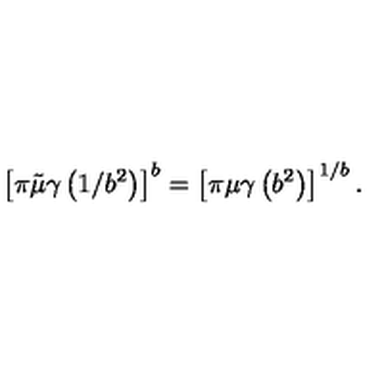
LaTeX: \left\lbrack \pi \tilde { \mu } \gamma \left( 1 / b ^ { 2 } \right) \right\rbrack ^ { b } = \left\lbrack \pi \mu \gamma \left( b ^ { 2 } \right) \right\rbrack ^ { 1 / b } .